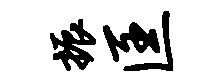
振匡